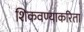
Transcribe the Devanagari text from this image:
शिकवण्याकरिता